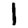
Digit: 1